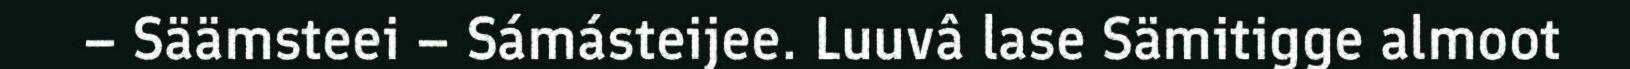
– Säämsteei – Sámásteijee. Luuvâ lase Sämitigge almoot